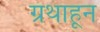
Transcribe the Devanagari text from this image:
ग्रंथाहून